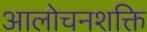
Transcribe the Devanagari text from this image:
आलोचनशक्ति